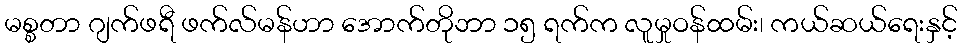
မစ္စတာ ဂျက်ဖရီ ဖက်လ်မန်ဟာ အောက်တိုဘာ ၁၅ ရက်က လူမှုဝန်ထမ်း၊ ကယ်ဆယ်ရေးနှင့်